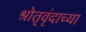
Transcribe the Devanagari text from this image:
श्रोतृवृंदाच्या